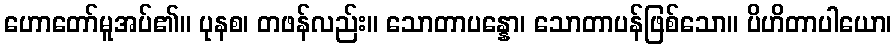
ဟောတော်မူအပ်၏။ ပုနစ၊ တဖန်လည်း။ သောတာပန္နော၊ သောတာပန်ဖြစ်သော။ ပိဟိတာပါယော၊